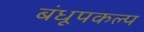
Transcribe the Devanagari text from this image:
बंधूपकल्प